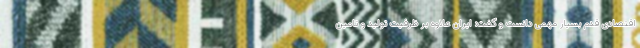
اقتصادی قدم بسیار مهمی دانست و گفت: ایران علاوه بر ظرفیت تولید و تامین